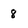
Character: 8